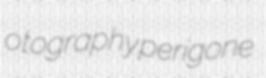
otography perigone